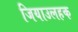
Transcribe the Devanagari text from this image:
जियाउलहक